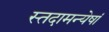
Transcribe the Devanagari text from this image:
स्तदामन्येषां